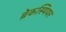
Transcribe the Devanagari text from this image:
ब्रेकस्पियर